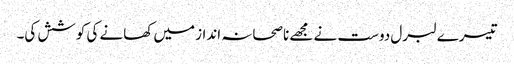
تیسرے لبرل دوست نے مجھے ناصحانہ انداز میں کھانے کی کوشش کی۔